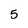
Character: 5